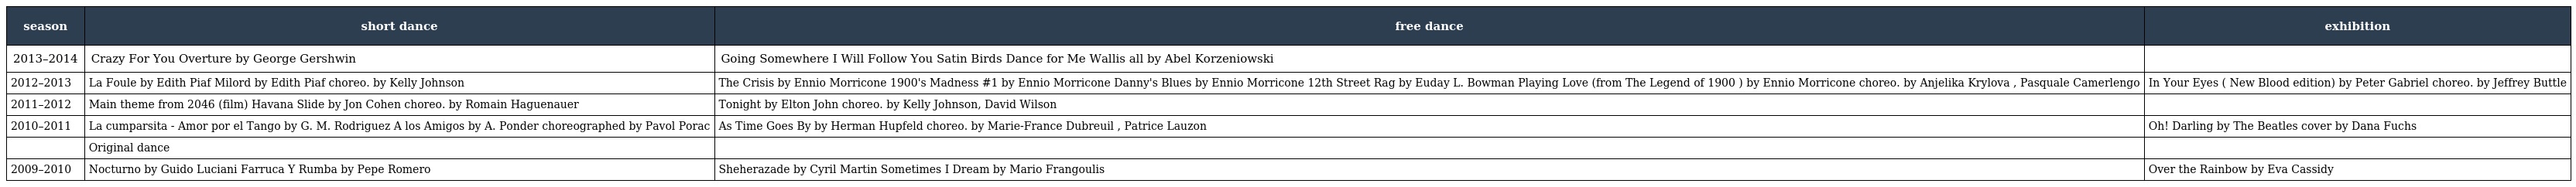
| season | short dance | free dance | exhibition |
 | --- | --- | --- | --- |
 | 2013–2014 | Crazy For You Overture by George Gershwin | Going Somewhere I Will Follow You Satin Birds Dance for Me Wallis all by Abel Korzeniowski |  |
 | 2012–2013 | La Foule by Edith Piaf Milord by Edith Piaf choreo. by Kelly Johnson | The Crisis by Ennio Morricone 1900's Madness #1 by Ennio Morricone Danny's Blues by Ennio Morricone 12th Street Rag by Euday L. Bowman Playing Love (from The Legend of 1900 ) by Ennio Morricone choreo. by Anjelika Krylova , Pasquale Camerlengo | In Your Eyes ( New Blood edition) by Peter Gabriel choreo. by Jeffrey Buttle |
 | 2011–2012 | Main theme from 2046 (film) Havana Slide by Jon Cohen choreo. by Romain Haguenauer | Tonight by Elton John choreo. by Kelly Johnson, David Wilson |  |
 | 2010–2011 | La cumparsita - Amor por el Tango by G. M. Rodriguez A los Amigos by A. Ponder choreographed by Pavol Porac | As Time Goes By by Herman Hupfeld choreo. by Marie-France Dubreuil , Patrice Lauzon | Oh! Darling by The Beatles cover by Dana Fuchs |
 |  | Original dance |  |  |
 | 2009–2010 | Nocturno by Guido Luciani Farruca Y Rumba by Pepe Romero | Sheherazade by Cyril Martin Sometimes I Dream by Mario Frangoulis | Over the Rainbow by Eva Cassidy |